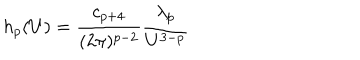
LaTeX: h _ { p } ( U ) = { \frac { c _ { p + 4 } } { ( 2 \pi ) ^ { p - 2 } } } { \frac { \lambda _ { p } } { U ^ { 3 - p } } }